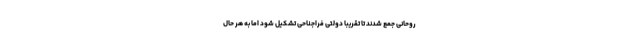
روحانی جمع شدند تا تقریبا دولتی فراجناحی تشکیل شود اما به هر حال